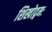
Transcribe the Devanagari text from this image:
शिखोद्गमः